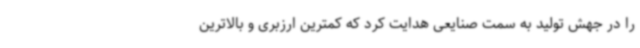
را در جهش تولید به سمت صنایعی هدایت کرد که کمترین ارزبری و بالاترین